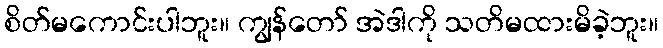
စိတ်မကောင်းပါဘူး။ ကျွန်တော် အဲဒါကို သတိမထားမိခဲ့ဘူး။